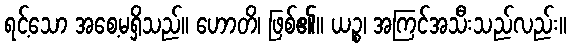
ရင့်သော အစေ့မရှိသည်။ ဟောတိ၊ ဖြစ်၏။ ယဉ္စ၊ အကြင်အသီးသည်လည်း။